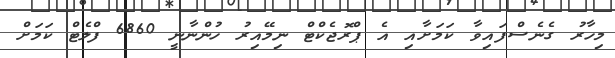
މިހާރު ގެނެސްފައިވާ ކަމަށާއި އެ ޕްރޮޖެކްޓް ނިމޭއިރު ހުންނާނީ 6860 ފްލެޓް ކަމަށް